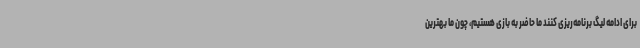
برای ادامه لیگ برنامه‌ریزی کنند ما حاضر به بازی هستیم، چون ما بهترین